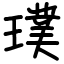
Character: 璞